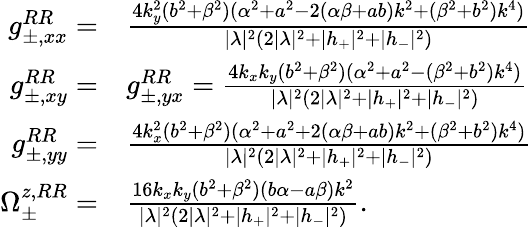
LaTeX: \begin{array}{rl}{g_{\pm,xx}^{RR}=}&{\frac{4k_{y}^{2}(b^{2}+\beta^{2})(\alpha^{2}+a^{2}-2(\alpha\beta+ab)k^{2}+(\beta^{2}+b^{2})k^{4})}{|\lambda|^{2}\left(2|\lambda|^{2}+|h_{+}|^{2}+|h_{-}|^{2}\right)}}\\ {g_{\pm,xy}^{RR}=}&{g_{\pm,yx}^{RR}=\frac{4k_{x}k_{y}(b^{2}+\beta^{2})(\alpha^{2}+a^{2}-(\beta^{2}+b^{2})k^{4})}{|\lambda|^{2}\left(2|\lambda|^{2}+|h_{+}|^{2}+|h_{-}|^{2}\right)}}\\ {g_{\pm,yy}^{RR}=}&{\frac{4k_{x}^{2}(b^{2}+\beta^{2})(\alpha^{2}+a^{2}+2(\alpha\beta+ab)k^{2}+(\beta^{2}+b^{2})k^{4})}{|\lambda|^{2}\left(2|\lambda|^{2}+|h_{+}|^{2}+|h_{-}|^{2}\right)}}\\ {\Omega_{\pm}^{z,RR}=}&{\frac{16k_{x}k_{y}(b^{2}+\beta^{2})(b\alpha-a\beta)k^{2}}{|\lambda|^{2}\left(2|\lambda|^{2}+|h_{+}|^{2}+|h_{-}|^{2}\right)}.}\end{array}